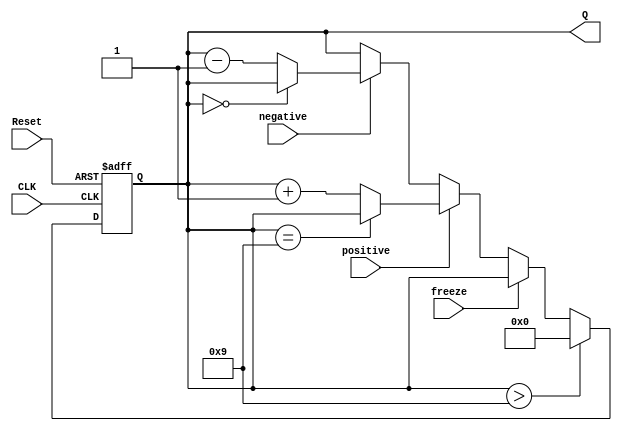
// 
// positivenegativefreeze
// TopQBottomQ
module Ad_Counter(
    input CLK, Reset,
    input positive, negative, freeze,
    output reg[3:0] Q
  );

  parameter MAX = 9;
  parameter MIN = 0;


  always @(posedge CLK, posedge Reset)
  begin
    if(Reset)
      Q <= 0;
    else if(Q > MAX)
      Q<= 0;
    else if(freeze)
      ;
    else if(positive)
      Q <= Q==MAX ? Q :Q + 1'b1;
    else if(negative)
      Q <= Q==MIN ? Q :Q - 1'b1;
    else
      ;
  end

endmodule